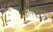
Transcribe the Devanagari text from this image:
शेषकृष्ण